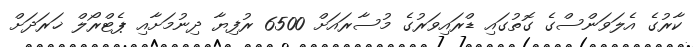
ކާރުގެ އެލަވަންސްގެ ގޮތުގައި ޑްރައިވަރުގެ މުސާރައަށް 6500 ރުފިޔާ ދިނުމަށާއި ޕެޓްރޯލް ޚަރަދަށް